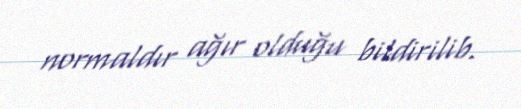
normaldır ağır olduğu bildirilib.